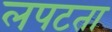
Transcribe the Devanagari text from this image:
लपटता